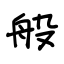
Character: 般